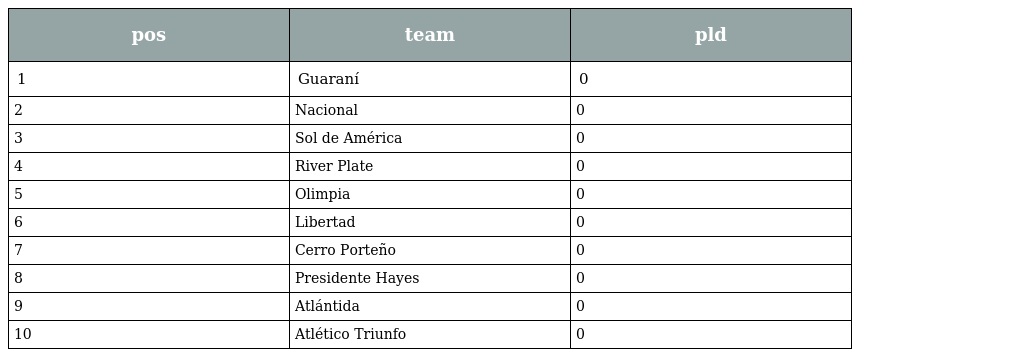
| pos | team | pld |
 | --- | --- | --- |
 | 1 | Guaraní | 0 |
 | 2 | Nacional | 0 |
 | 3 | Sol de América | 0 |
 | 4 | River Plate | 0 |
 | 5 | Olimpia | 0 |
 | 6 | Libertad | 0 |
 | 7 | Cerro Porteño | 0 |
 | 8 | Presidente Hayes | 0 |
 | 9 | Atlántida | 0 |
 | 10 | Atlético Triunfo | 0 |